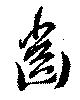
齒